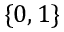
\{ 0 , 1 \}